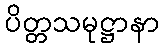
ပိတ္တသမုဋ္ဌာနာ